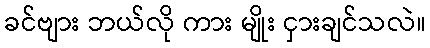
ခင်ဗျား ဘယ်လို ကား မျိုး ငှားချင်သလဲ။